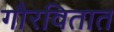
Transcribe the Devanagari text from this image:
गौरवितात